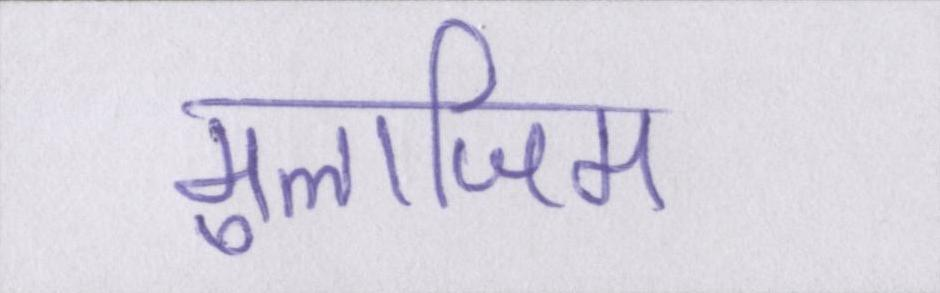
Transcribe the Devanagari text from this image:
मुलाजिम